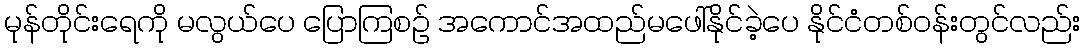
မုန်တိုင်းရေကို မလွယ်ပေ ပြောကြစဉ် အကောင်အထည်မဖေါ်နိုင်ခဲ့ပေ နိုင်ငံတစ်ဝန်းတွင်လည်း